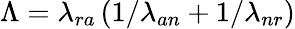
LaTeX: \Lambda=\lambda_{ra}\left(1/\lambda_{an}+1/\lambda_{nr}\right)